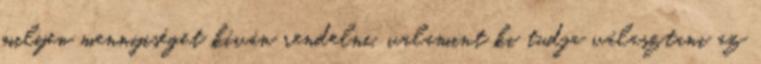
milyen mennyiséget kíván rendelni, valamint ki tudja választani az